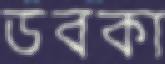
ডবকা